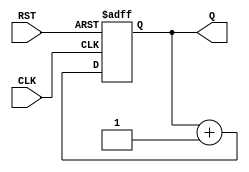
`timescale 1ns / 1ps


module counter_4basync(
    input CLK,RST,
    output reg [3:0] Q
    );
    
    always @(posedge CLK,posedge RST)
        begin
            if(RST==1)
                Q <= 0;
            else
                Q <= Q + 1;
         end
endmodule